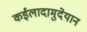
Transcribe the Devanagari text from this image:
कईलादामुदेयान